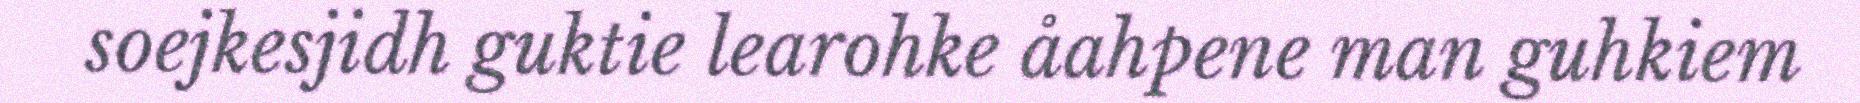
soejkesjidh guktie learohke åahpene man guhkiem